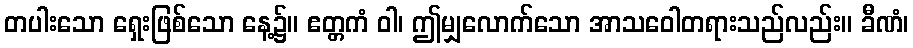
တပါးသော ရှေးဖြစ်သော နေ့၌။ ဧတ္တကံ ဝါ၊ ဤမျှလောက်သော အာသဝေါတရားသည်လည်း။ ခီဏံ၊